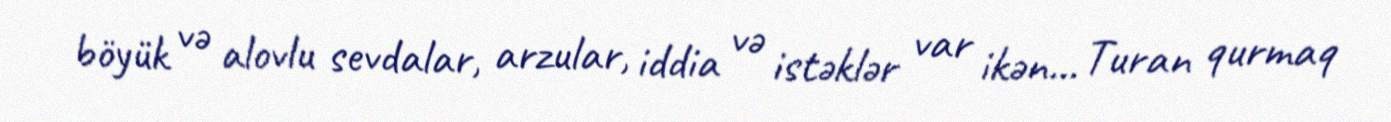
böyük və alovlu sevdalar, arzular, iddia və istəklər var ikən... Turan qurmaq